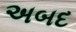
અબદ